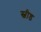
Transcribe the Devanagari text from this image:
स्वीड